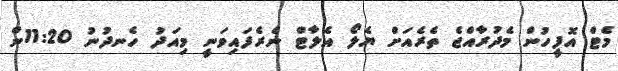
މެޓް އޮފީހުން މެދުރާއްޖެ ތެރެއަށް ޔެލޯ އެލާޓް ނެރެފައިވަނީ މިއަދު ހެނދުނު 11:20ން